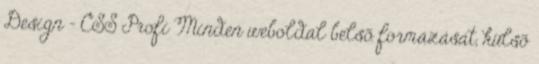
Design - CSS Profi Minden weboldal belsõ formázását, külsõ